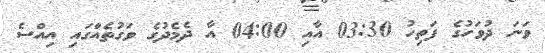
ވަނަ ދުވަހުގެ ފަތިހު 03:30 އާއި 04:00 އާ ދެމެދުގެ ވަގުތެއްގައި އިއްސެ